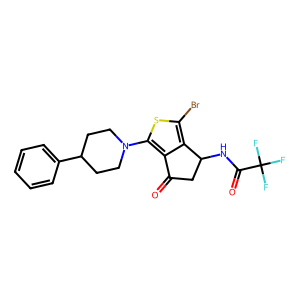
SMILES: O=C1CC(NC(=O)C(F)(F)F)c2c(Br)sc(N3CCC(c4ccccc4)CC3)c21
Inhibits HIV replication: No